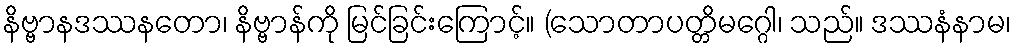
နိဗ္ဗာနဒဿနတော၊ နိဗ္ဗာန်ကို မြင်ခြင်းကြောင့်။ (သောတာပတ္တိမဂ္ဂေါ၊ သည်။ ဒဿနံနာမ၊